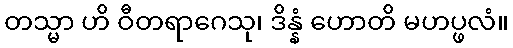
တသ္မာ ဟိ ဝီတရာဂေသု၊ ဒိန္နံ ဟောတိ မဟပ္ဖလံ။